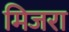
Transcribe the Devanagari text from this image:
मिजरा